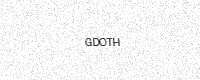
Text: GDOTH